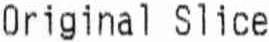
ORIGINAL SLICE